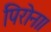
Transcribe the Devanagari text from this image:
पिरोना।